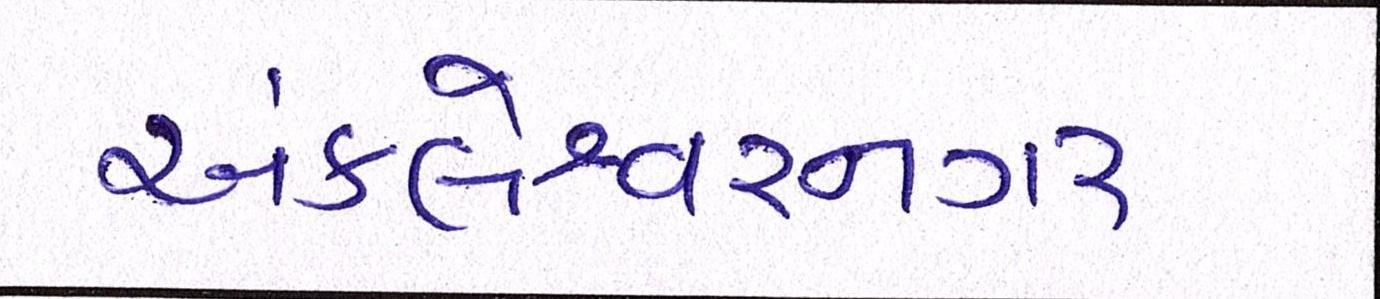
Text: અંકલેશ્વરનગર